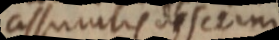
assurantis obsctni